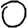
Digit: 0